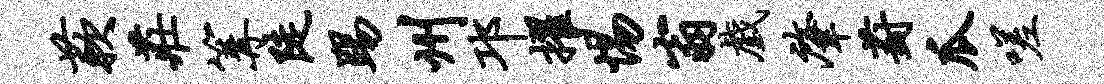
蔌庄篝陡踢州邛擢惕翁戏肇葑瓜嗟